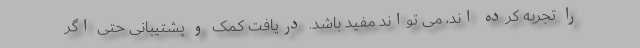
را تجربه کرده اند، می تواند مفید باشد. دریافت کمک و پشتیبانی حتی اگر